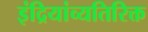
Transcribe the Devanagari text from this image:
इंद्रियांव्यतिरिक्त